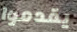
يقدموا